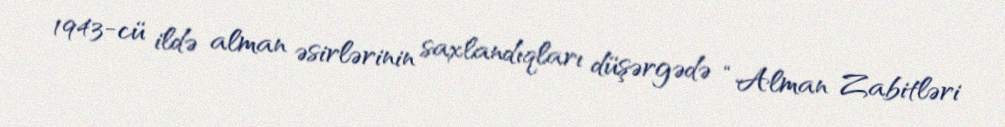
1943-cü ildə alman əsirlərinin saxlandıqları düşərgədə “Alman Zabitləri